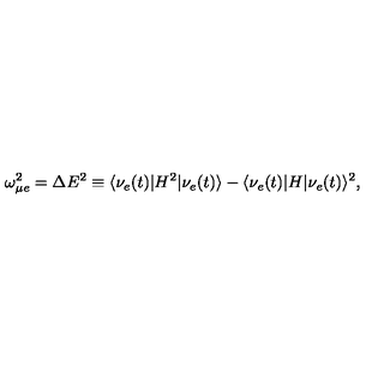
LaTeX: \omega _ { \mu e } ^ { 2 } = \Delta E ^ { 2 } \equiv \langle \nu _ { e } ( t ) | H ^ { 2 } | \nu _ { e } ( t ) \rangle - \langle \nu _ { e } ( t ) | H | \nu _ { e } ( t ) \rangle ^ { 2 } ,